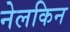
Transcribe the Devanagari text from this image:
नेलकिन